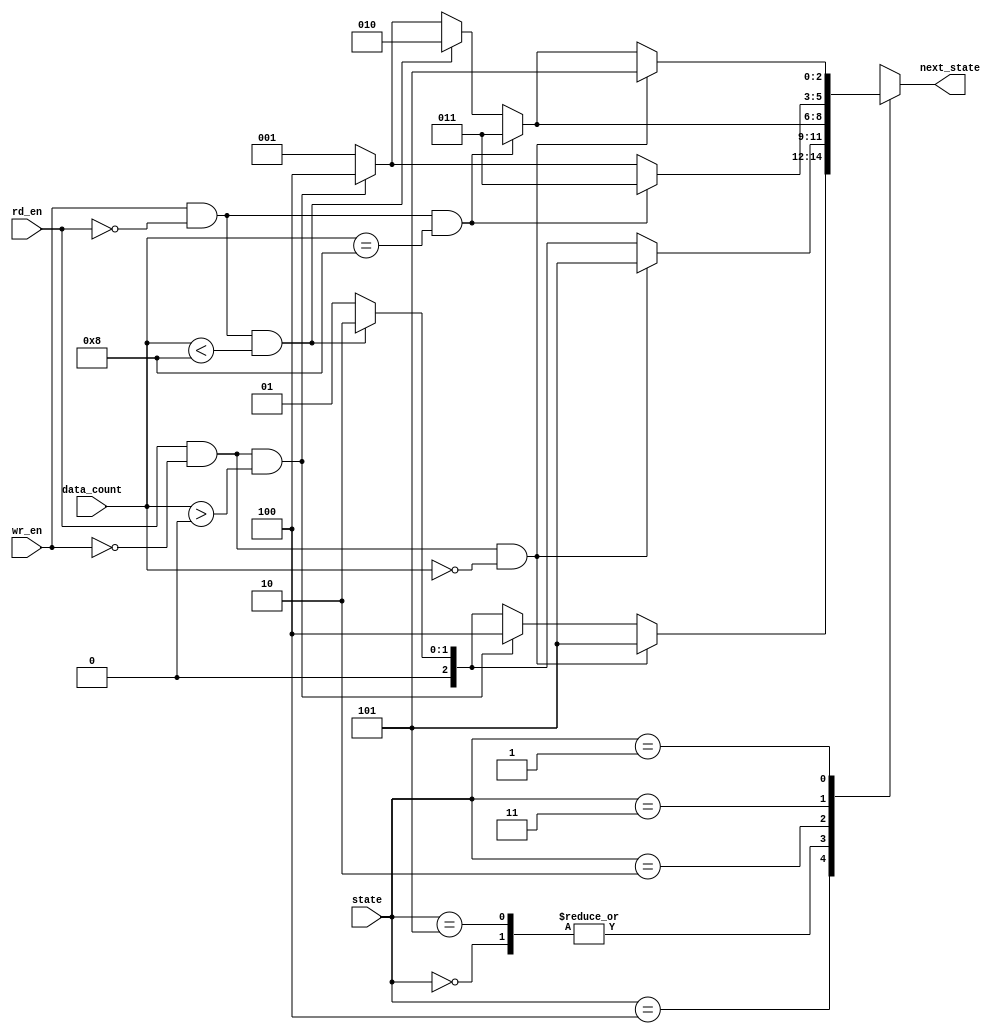
// next state logic
module fifo_ns(wr_en, rd_en, state, data_count, next_state);
	input wr_en, rd_en;
	input[2:0] state;
	input[3:0] data_count;
	output reg[2:0] next_state;

	parameter INIT 		= 3'b000;
	parameter NO_OP 		= 3'b001;
	parameter WRITE 		= 3'b010;
	parameter WR_ERROR 	= 3'b011;
	parameter READ 		= 3'b100;
	parameter RD_ERROR 	= 3'b101;

	always@(wr_en, rd_en, state, data_count)
		begin
		case(state)
		INIT: begin
				if(rd_en==1 && wr_en==0 && data_count==0)
					next_state = RD_ERROR;
				else if(wr_en==1 && rd_en==0 && data_count<8)
					next_state = WRITE;
				else
					next_state = NO_OP;
				end
		READ: begin
				if(rd_en==1 && wr_en==0 && data_count==0)
					next_state = RD_ERROR;
				else if(rd_en==1 && wr_en==0 && data_count>0)
					next_state = READ;
				else if(wr_en==1 && rd_en==0 && data_count<8)
					next_state = WRITE;
				else
					next_state = NO_OP;
				end
		RD_ERROR: begin
				if(rd_en==1 && wr_en==0 && data_count==0)
					next_state = RD_ERROR;
				else if(wr_en==1 && rd_en==0 && data_count<8)
					next_state = WRITE;
				else
					next_state = NO_OP;
				end
		WRITE: begin
				if(wr_en==1 && rd_en==0 && data_count==8)
					next_state = WR_ERROR;
				else if(wr_en==1 && rd_en==0 && data_count<8)
					next_state = WRITE;
				else if(wr_en==0 && rd_en==1 && data_count>0)
					next_state = READ;
				else 
					next_state = NO_OP;
				end
		WR_ERROR: begin
				if(wr_en==1 && rd_en==0 && data_count==8)
					next_state = WR_ERROR;
				else if(wr_en==0 && rd_en==1 && data_count>0)
					next_state = READ;
				else 
					next_state = NO_OP;
				end
		NO_OP: begin
				if(rd_en==1 && wr_en==0 && data_count==0)
					next_state = RD_ERROR;
				else if(wr_en==1 && rd_en==0 && data_count==8)
					next_state = WR_ERROR;
				else if(wr_en==1 && rd_en==0 && data_count<8)
					next_state = WRITE;
				else if(wr_en==0 && rd_en==1 && data_count>0)
					next_state = READ;
				else
					next_state = NO_OP;
				end
		default: next_state = 3'bx;
		endcase
		end
endmodule